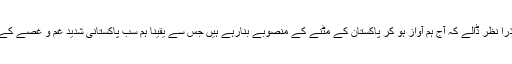
ہندوؤں پر ذرا نظر ڈالے کہ آج ہم آواز ہو کر پاکستان کے مٹنے کے منصوبے بنارہے ہیں جس سے یقینا ہم سب پاکستانی شدید غم و غصے کے شکار ہیں۔